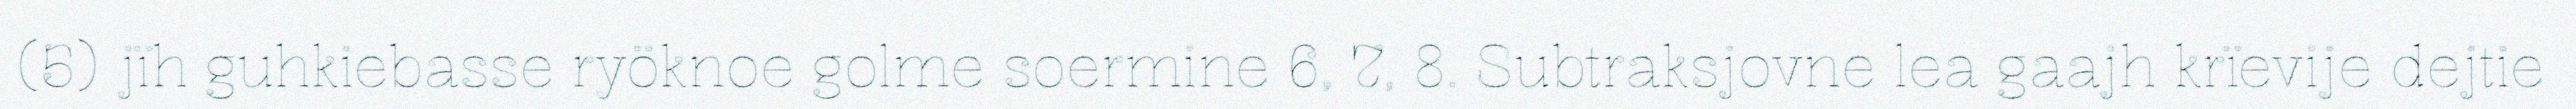
(5) jïh guhkiebasse ryöknoe golme soermine 6, 7, 8. Subtraksjovne lea gaajh krïevije dejtie